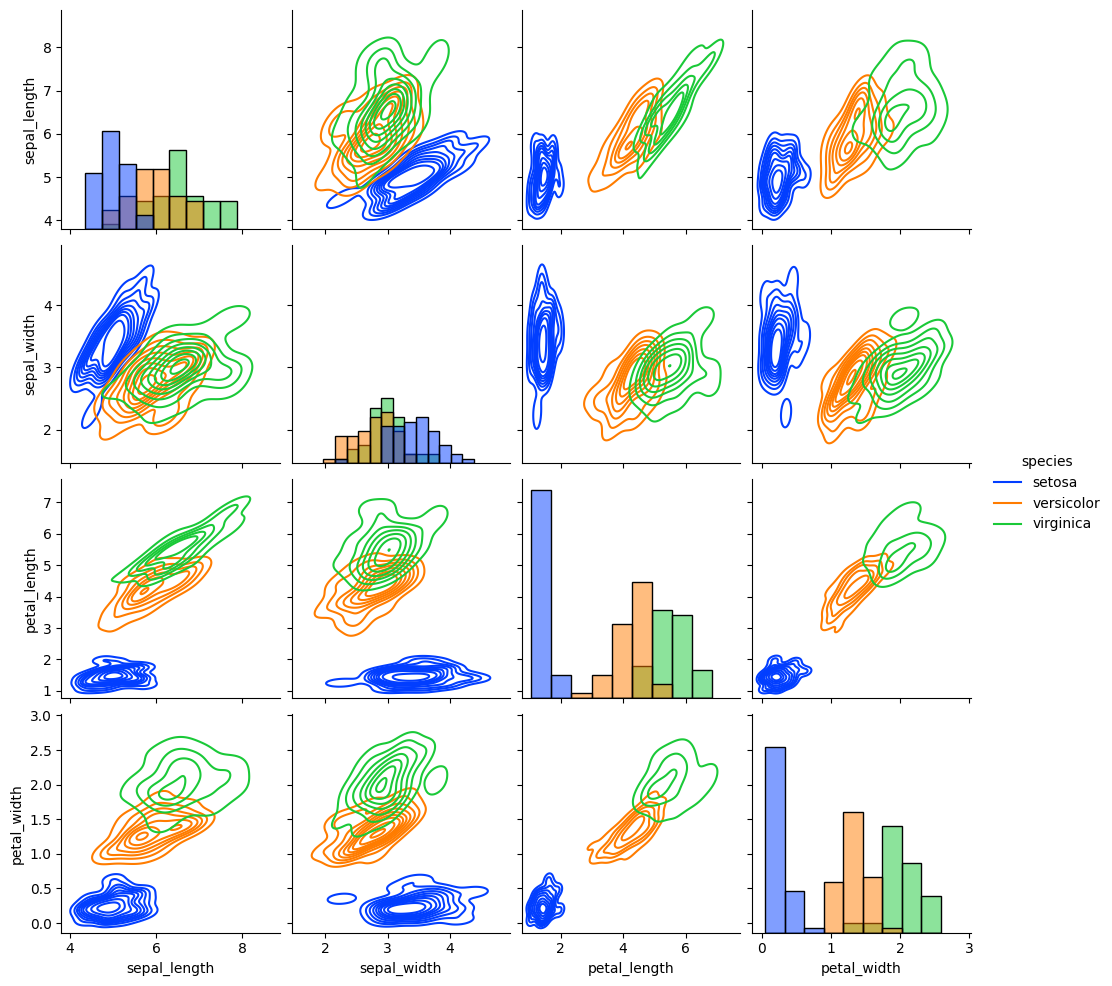
python, seaborn, pairplot, palette='bright', markers=['o', 's', 'D'], kind='kde', diag_kind='hist'